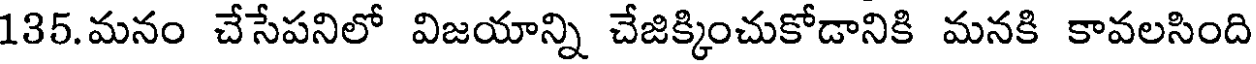
135.మనం చేసేపనిలో విజయాన్ని చేజిక్కించుకోడానికి మనకి కావలసింది